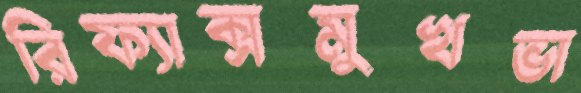
রিফ্যাক্সমুখভা